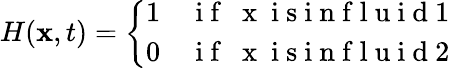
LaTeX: \begin{array}{r}{H(\mathbf{x},t)=\left\{ \begin{array}{ll}{1\quad\mathrm{~i~f~\mathbf~{~x~}~i~s~i~n~f~l~u~i~d~1~}}\\ {0\quad\mathrm{~i~f~\mathbf~{~x~}~i~s~i~n~f~l~u~i~d~2~}}\end{array}\right.}\end{array}